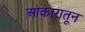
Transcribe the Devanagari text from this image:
आकारातून